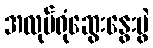
အလုပ်ရုံဆွေးနွေးပွဲ